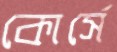
কোর্সে